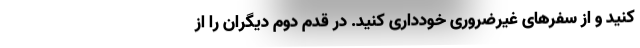
کنید و از سفر‌های غیرضروری خودداری کنید. در قدم دوم دیگران را از